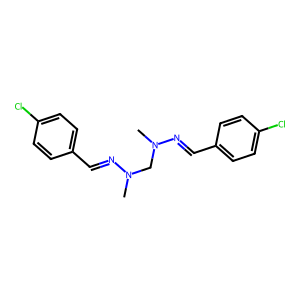
SMILES: CN(CN(C)N=Cc1ccc(Cl)cc1)N=Cc1ccc(Cl)cc1
Inhibits HIV replication: No